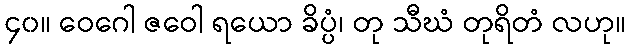
၄၀။ ဝေဂေါ ဇဝေါ ရယော ခိပ္ပံ၊ တု သီဃံ တုရိတံ လဟု။